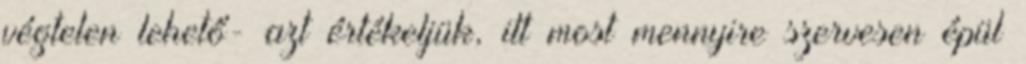
végtelen lehető- azt értékeljük, itt most mennyire szervesen épül